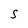
Character: S